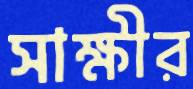
সাক্ষীর